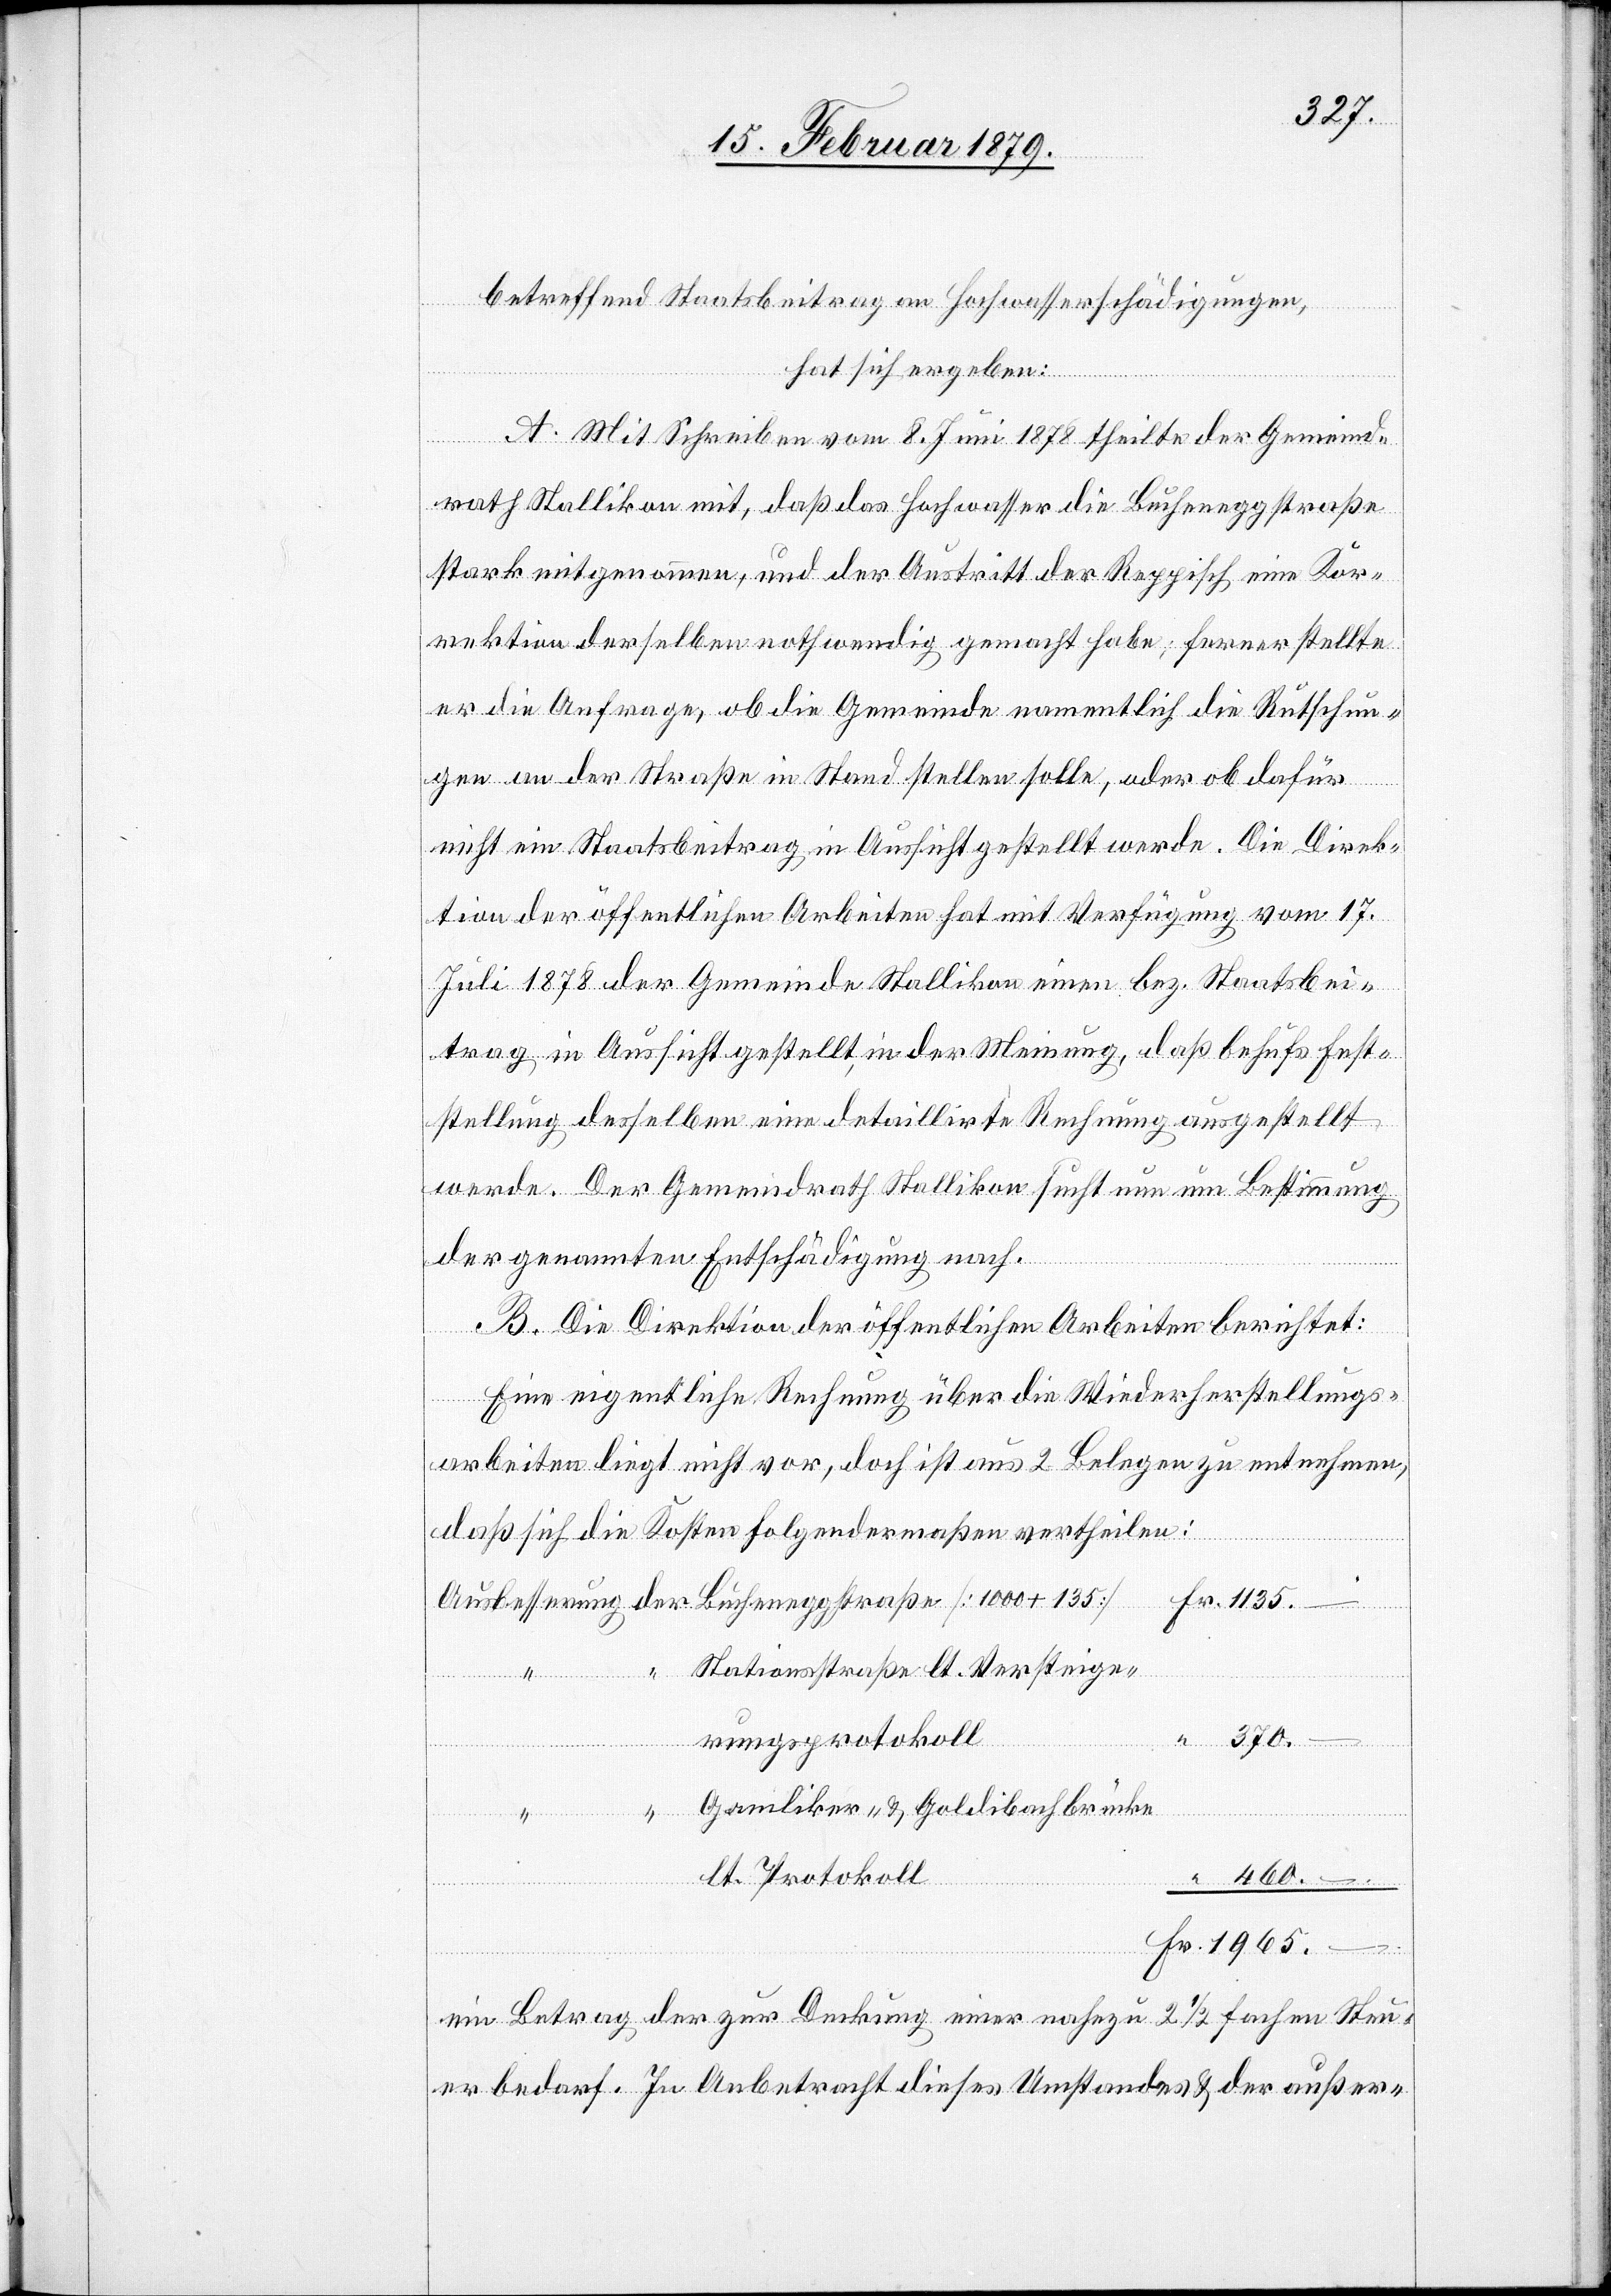
370.–
betreffend Staatsbeitrag an Hochwasserschädigungen,
Aubes¬
hat sich ergeben:
A. Mit Schreiben vom 8. Juni 1878 theilte der Gemeind¬
rath Stallikon mit, daß das Hochwasser die Bucheneggstraße
stark mitgenommen, und der Austritt der Reppisch eine Kor¬
rektion derselben nothwendig gemacht habe; ferner stellt
er die Anfrage, ob die Gemeinde namentlich die Rutschun¬
gen an der Straße in Stand stellen solle, oder ob dafür
der
nicht ein Staatsbeitrag in Aussicht gestellt werde. Die Direk¬
tion der öffentlichen Arbeiten hat mit Verfügung vom 17.
Juli 1878 der Gemeinde Stallikon einen bez. Staatsbei¬
trag in Aussicht gestellt, in der Meinung, daß behufs Fest¬
stellung desselben eine detaillierte Rechnung ausgestellt
werde. Der Gemeindrath Stallikon sucht nun um Bestimmung
der genannten Entschädigung nach.
B. Die Direktion der öffentlichen Arbeiten berichtet:
Eine eigentliche Rechnung über die Wiederherstellungs¬
kosten liegt nicht vor, doch ist aus 2 Belegen zu entnehmen,
daß sich die Kosten folgendermaßen vertheilen:
Buchen¬
Stationsstraße lt. Versteige¬
rungsprotokoll
Fr.
eggstraße
“
Gamliker- & Goldibachbrücke
lt. Protokoll
460.–
ein Betrag der zur Deckung einer nahezu 2 1/2 fachen Steu¬
er bedarf. In Anbetracht dieses Umstandes & der außer-